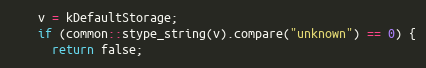
Language: C++
    v = kDefaultStorage;
    if (common::stype_string(v).compare("unknown") == 0) {
      return false;